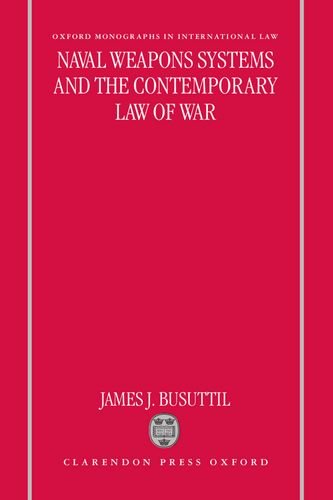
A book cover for Naval Weapons Systems and the Contemporary Law of War (Oxford Monographs in International Law); James J. Busuttil; Law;